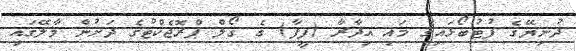
ދުނިޔޭގެ ފުޓުބޯޅައިގެ މައި އިދާރާ (ފީފާ) ގެ ގޯލް ޕްރޮޖެކްޓުގެ ދަށުން މާލޭގައި